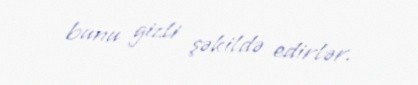
bunu gizli şəkildə edirlər.